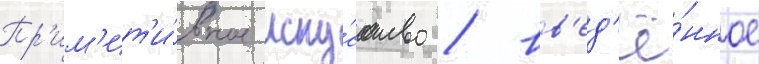
Пр'им'ит'и́вное иску́сство / вв'ед'ё́нное